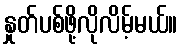
နှုတ်ပစ်ဖို့လိုလိမ့်မယ်။